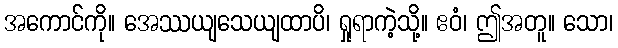
အကောင်ကို။ အေဿယျသေယျထာပိ၊ ရှုရာကဲ့သို့။ ဧဝံ၊ ဤအတူ။ သော၊